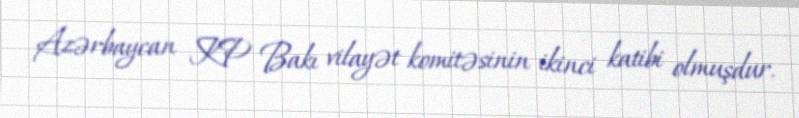
Azərbaycan KP Bakı vilayət komitəsinin ikinci katibi olmuşdur.